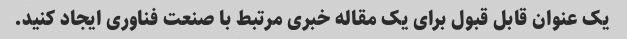
یک عنوان قابل قبول برای یک مقاله خبری مرتبط با صنعت فناوری ایجاد کنید.